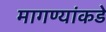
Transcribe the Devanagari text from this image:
मागण्यांकडे